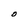
Character: O